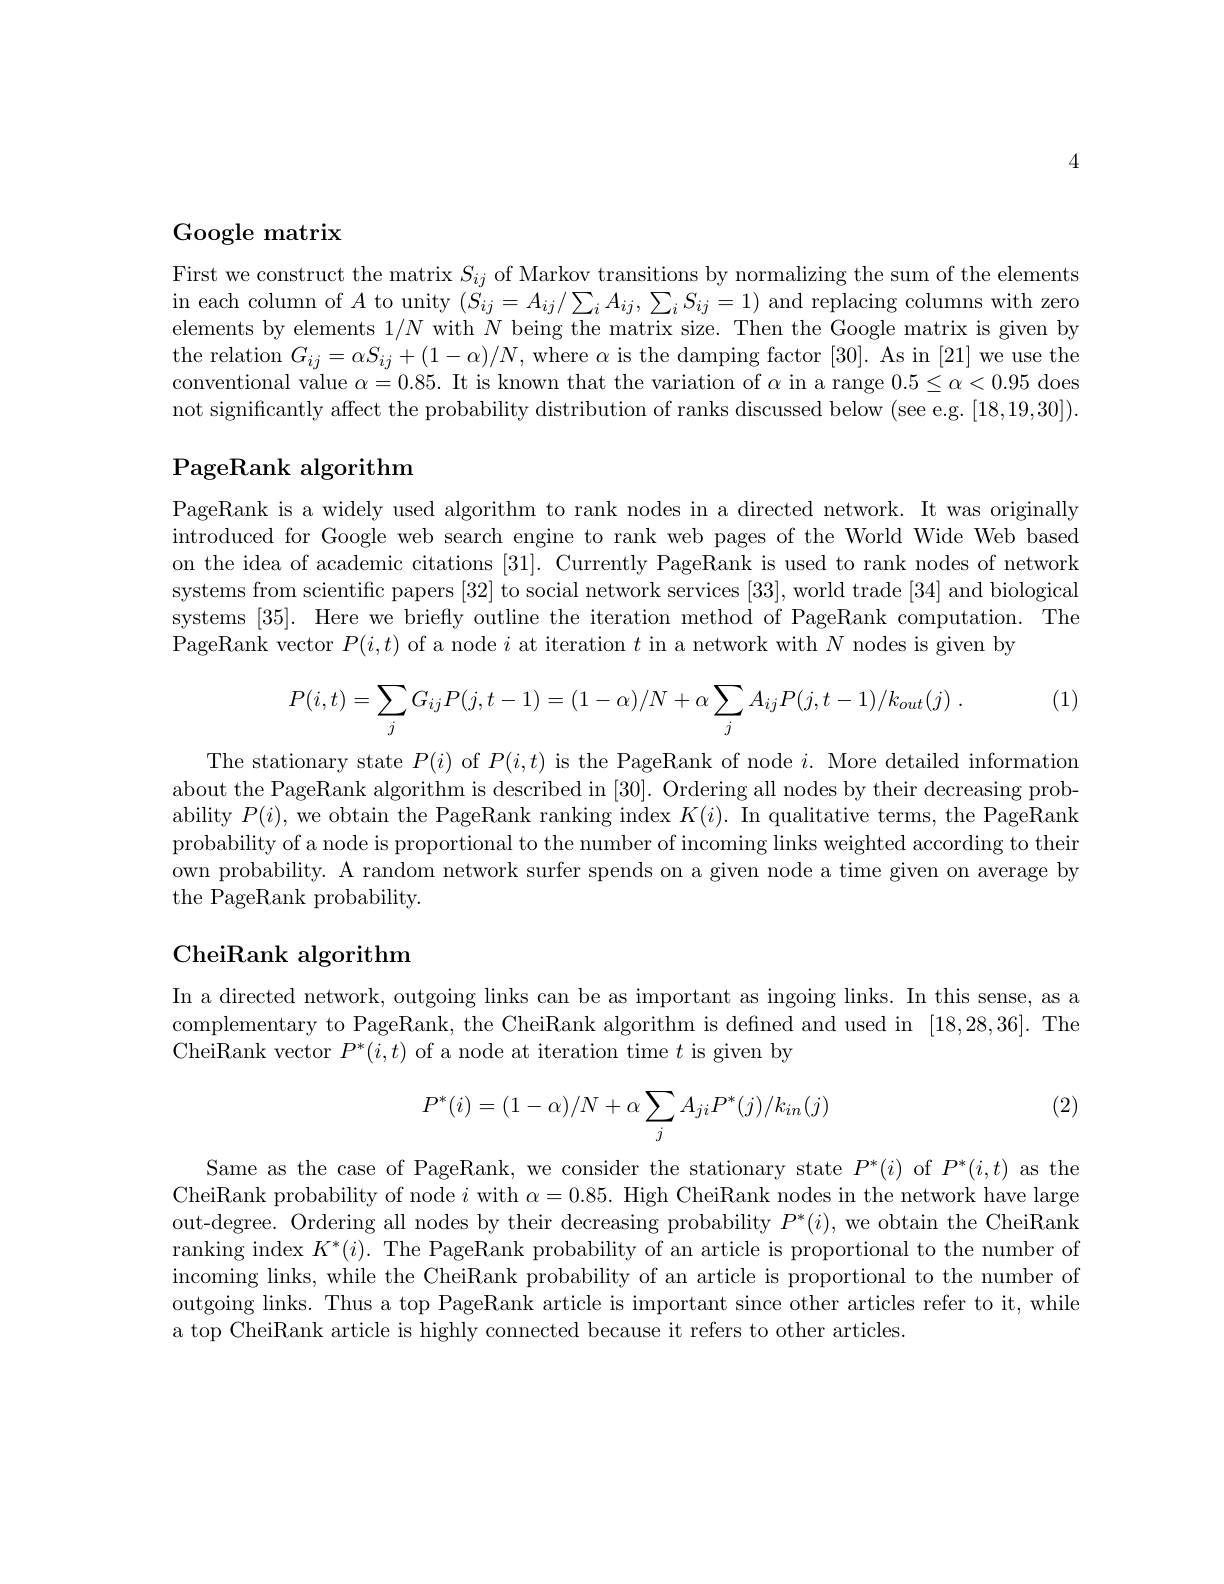
4

Google matrix

First we construct the matrix $S_{ij}$ of Markov transitions by normalizing the sum of the elements $\begin{array}{c}\mathrm{in~each~column~of~}A\text{ to unity }(S_{ij}=A_{ij}/\sum_{i}A_{ij},\sum_{i}S_{ij}=1)\mathrm{~and~replacing~columns~with~zero}\\\end{array}$ elements by elements $1/N$ with $N$ being the matrix size. Then the Google matrix is given by the relation $G_{ij}=\alpha S_{ij}+(1-\alpha)/N$,where $\alpha$ is the damping factor [30]. As in [21] we use the conventional value $\alpha=0.85.$ It is known that the variation of $\alpha$ in a range $0.5\leq\alpha<0.95$ does not significantly affect the probability distribution of ranks discussed below (seee.g.[18,19,30]).

## PageRank algorithm

PageRank is a widely used algorithm to rank nodes in a directed network. It was originally introduced for Google web search engine to rank web pages of the World Wide Web based on the idea of academic citations [31]. Currently PageRank is used to rank nodes of network systems from scientific papers [32] to social network services [33], world trade [34] and biological systems [35]. Here we briefly outline the iteration method of PageRank computation. The PageRank vector $P(i,t)$ of a node $i$ at iteration $t$ in a network with $N$ nodes is given by

(1)
$$P(i,t)=\sum_jG_{ij}P(j,t-1)=(1-\alpha)/N+\alpha\sum_jA_{ij}P(j,t-1)/k_{out}(j)\:.$$
The stationary state $P(i)$ of $P(i,t)$ is the PageRank of node $i.$ More detailed information about the PageRank algorithm is described in [30]. Ordering all nodes by their decreasing probability $P(i)$, we obtain the PageRank ranking index $K(i).$ In qualitative terms, the PageRank probability of a node is proportional to the number of incoming links weighted according to their own probability. A random network surfer spends on a given node a time given on average by the PageRank probability.

# CheiRank algorithm

In a directed network, outgoing links can be as important as ingoing links. In this sense, as a complementary to PageRank, the CheiRank algorithm is defined and used in [18,28,36]. The CheiRank vector $P^*(i,t)$ of a node at iteration time $t$ is given by

(2)
$$P^*(i)=(1-\alpha)/N+\alpha\sum_jA_{ji}P^*(j)/k_{in}(j)$$
Same as the case of PageRank, we consider the stationary state $P^{*}(i)$ of $P^{*}(i,t)$ as the CheiRank probability of node $i$ with $\alpha=0.85.$ High CheiRank nodes in the network have large out-degree. Ordering all nodes by their decreasing probability $P^*(i)$, we obtain the CheiRank ranking index $K^*(i).$ The PageRank probability of an article is proportional to the number of incoming links, while the CheiRank probability of an article is proportional to the number of outgoing links. Thus a top PageRank article is important since other articles refer to it, while a top CheiRank article is highly connected because it refers to other articles